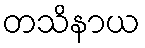
တသိနာယ